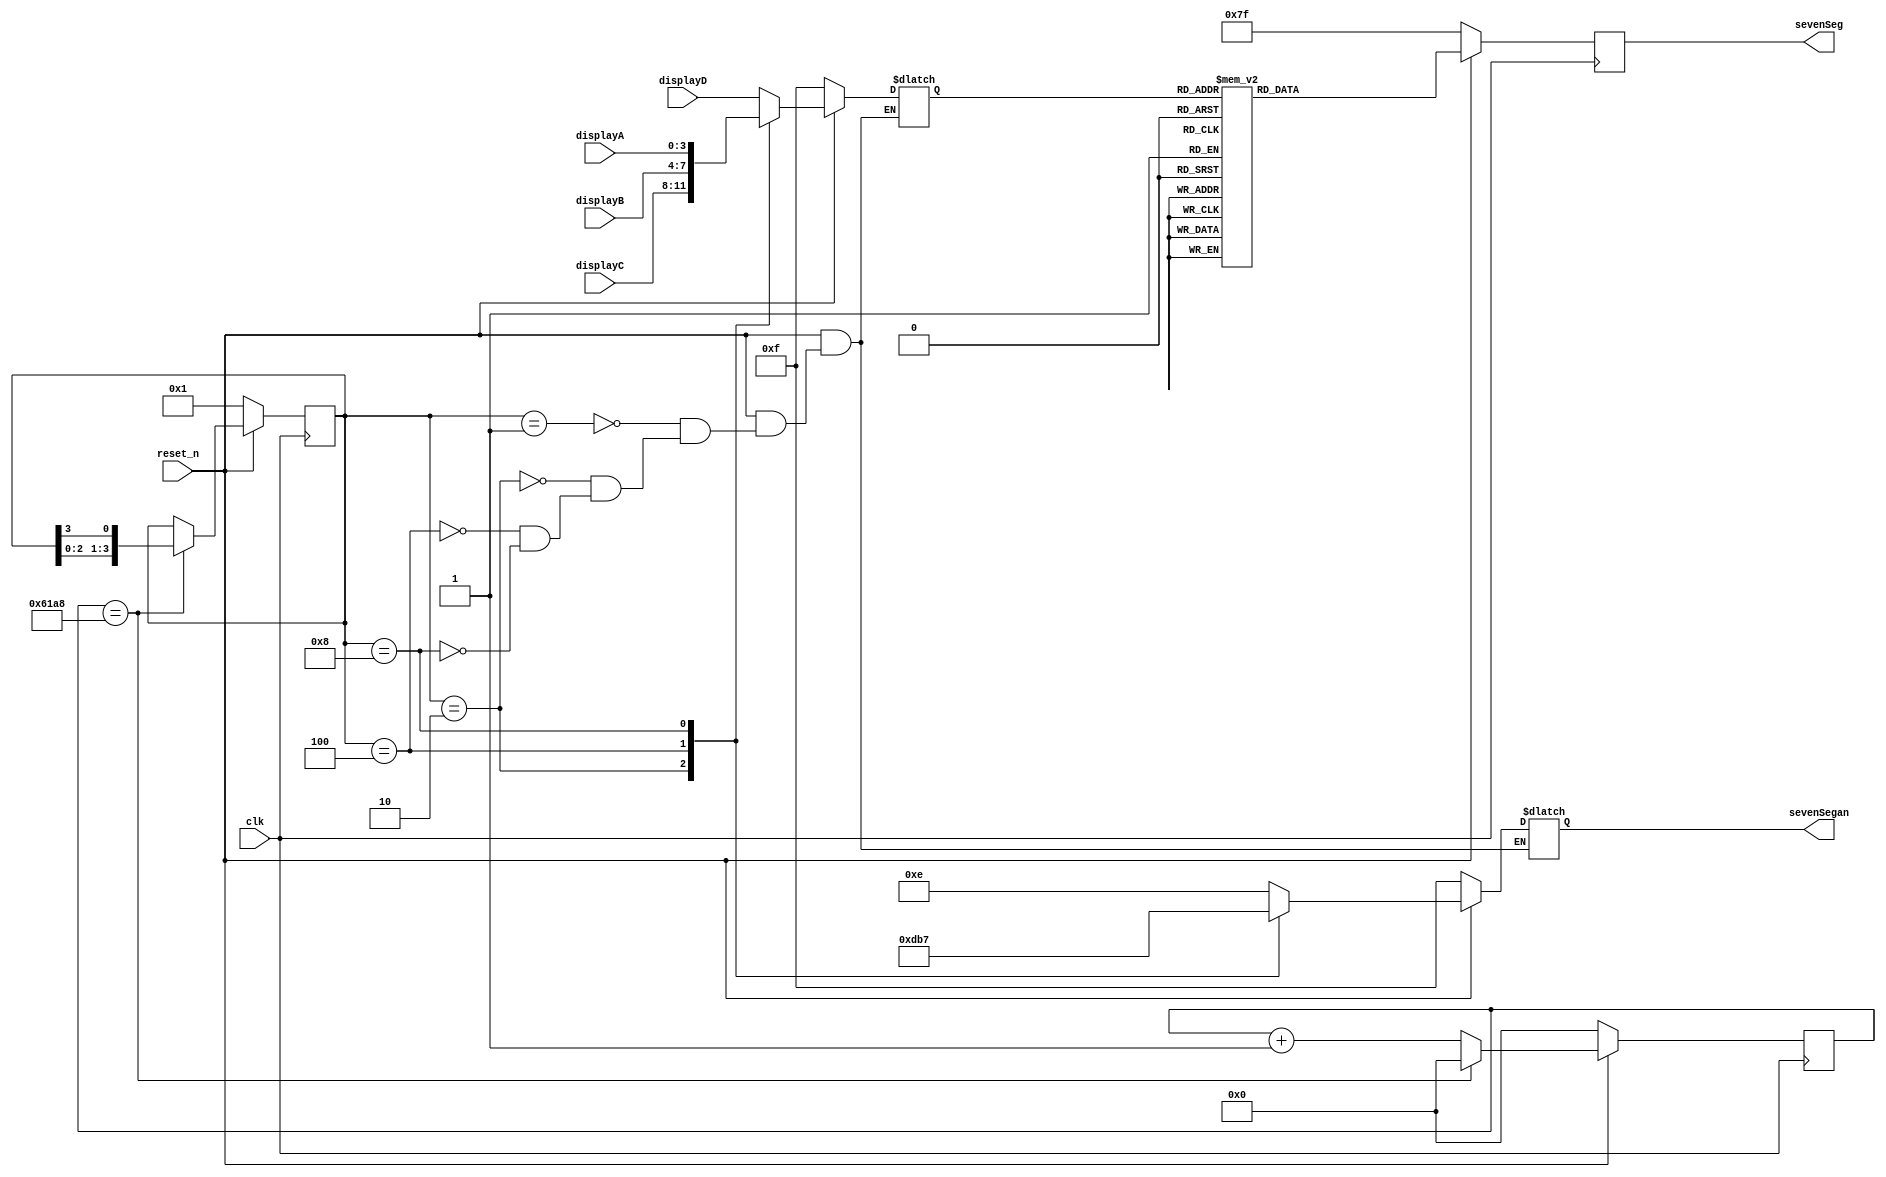
`timescale 1ns / 1ps
//////////////////////////////////////////////////////////////////////////////////
// Company: WPI
// 
// Design Name: Seven Segment
// Module Name: seven_seg
// Project Name: ECE 3829 Lab 3
// Target Devices: Basys 3 Board
// Tool Versions: 2021.1
// Description: 
// Converts numbers and displays numbers to Seven Segment display
// Dependencies: 
// 
// Revision:
// Revision 0.01 - File Created
// Additional Comments:
// 
//////////////////////////////////////////////////////////////////////////////////


module seven_seg(
    input [3:0] displayA, // Data of display A
    input [3:0] displayB, // Data of display B
    input [3:0] displayC, // Data of display C
    input [3:0] displayD, // Data of display D
    input clk,
    input reset_n,
    output reg [6:0] sevenSeg, // 7 segment display
    output reg [3:0] sevenSegan // 7 segment enable
    );
    
    reg [3:0] disp; // Number to be displayed on 7 segment
    reg [15:0] counter; // 2^16 = 65536
    reg [3:0] displaySelect; // Enabling the current display
    
    parameter delay = 25000; // 1ms delay for the 25MHz clock
    parameter off = 7'b1111111; // All segments off
    
    always @ (posedge clk) begin
        if (reset_n == 0) begin
            counter <= 0; // Counter reset
            displaySelect <= 4'b0001; // Display starts at D
        end
        else if (counter == delay) begin
            counter <= 0; // Counter reset and display shifts after 10 ms
            displaySelect <= {displaySelect[2:0], displaySelect[3]}; // Shift display enable left every 10ms, back to D after A
        end
        else begin
            counter <= counter + 1; // Counter increments every 1/25MHz
        end
    end
    
    always @ (*) begin // Enables four seven segment displays when selected, turned off if reset active
        if(reset_n == 0)begin
            sevenSegan = 4'b1111;
            disp = 4'b1111;
        end
        else begin
        case (displaySelect)
            4'b0001: begin
                sevenSegan = 4'b1110;
                disp = displayD;
            end
            4'b0010: begin
                sevenSegan = 4'b1101;
                disp = displayC;
            end
            4'b0100: begin
                sevenSegan = 4'b1011;
                disp = displayB;
            end
            4'b1000: begin
                sevenSegan = 4'b0111;
                disp = displayA;
            end
        endcase
        end
    end
    
      
    always @ (posedge clk) begin // Converts 4-bit hex number to be displayed on 7 segment
        if(reset_n == 0) begin
            sevenSeg = off;
        end
        else begin
            case(disp)
                4'h0: sevenSeg = 7'b1000000; // 0
                4'h1: sevenSeg = 7'b1111001; // 1
                4'h2: sevenSeg = 7'b0100100; // 2
                4'h3: sevenSeg = 7'b0110000; // 3
                4'h4: sevenSeg = 7'b0011001; // 4
                4'h5: sevenSeg = 7'b0010010; // 5
                4'h6: sevenSeg = 7'b0000010; // 6
                4'h7: sevenSeg = 7'b1111000; // 7
                4'h8: sevenSeg = 7'b0000000; // 8
                4'h9: sevenSeg = 7'b0011000; // 9
                4'hA: sevenSeg = 7'b0001000; // A
                4'hB: sevenSeg = 7'b0000011; // B
                4'hC: sevenSeg = 7'b1000110; // C
                4'hD: sevenSeg = 7'b0100001; // D
                4'hE: sevenSeg = 7'b0000110; // E
                4'hF: sevenSeg = 7'b0001110; // F
            endcase
        end
    end
    
endmodule